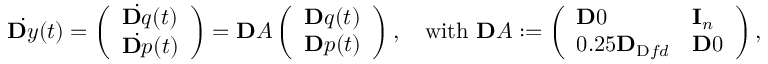
\dot { \ensuremath Ḋ \mathbf Ḋ y Ḍ Ḍ } ( t ) = \left( \begin{array} { l } { \dot { \ensuremath Ḋ \mathbf Ḋ q Ḍ Ḍ } ( t ) } \\ { \dot { \ensuremath Ḋ \mathbf Ḋ p Ḍ Ḍ } ( t ) } \end{array} \right) = \ensuremath { \mathbf Ḋ A Ḍ } \left( \begin{array} { l } { \ensuremath { \mathbf Ḋ q Ḍ } ( t ) } \\ { \ensuremath { \mathbf Ḋ p Ḍ } ( t ) } \end{array} \right) , \quad \mathrm { w i t h ~ } \ensuremath { \mathbf Ḋ A Ḍ } : = \left( \begin{array} { l l } { \ensuremath { \mathbf Ḋ 0 Ḍ } } & { \mathbf I _ { n } } \\ { 0 . 2 5 \mathbf { D } _ { \mathrm { Ḋ } f d Ḍ } } & { \ensuremath { \mathbf Ḋ 0 Ḍ } } \end{array} \right) ,